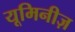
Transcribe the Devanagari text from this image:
यूमिनीज़